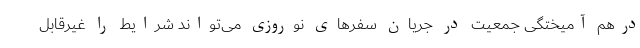
درهم آمیختگی جمعیت در جریان سفرهای نوروزی می‌تواند شرایط را غیرقابل